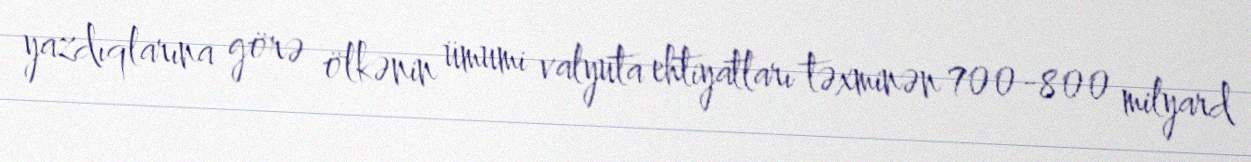
yazdıqlarına görə ölkənin ümumi valyuta ehtiyatları təxminən 700-800 milyard